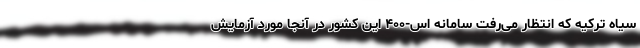
سیاه ترکیه که انتظار می‌رفت سامانه اس-۴۰۰ این کشور در آنجا مورد آزمایش